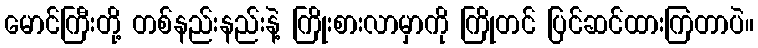
မောင်ကြီးတို့ တစ်နည်းနည်းနဲ့ ကြိုးစားလာမှာကို ကြိုတင် ပြင်ဆင်ထားကြတာပဲ။